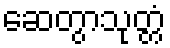
ဆေတွာသုတ္တံ